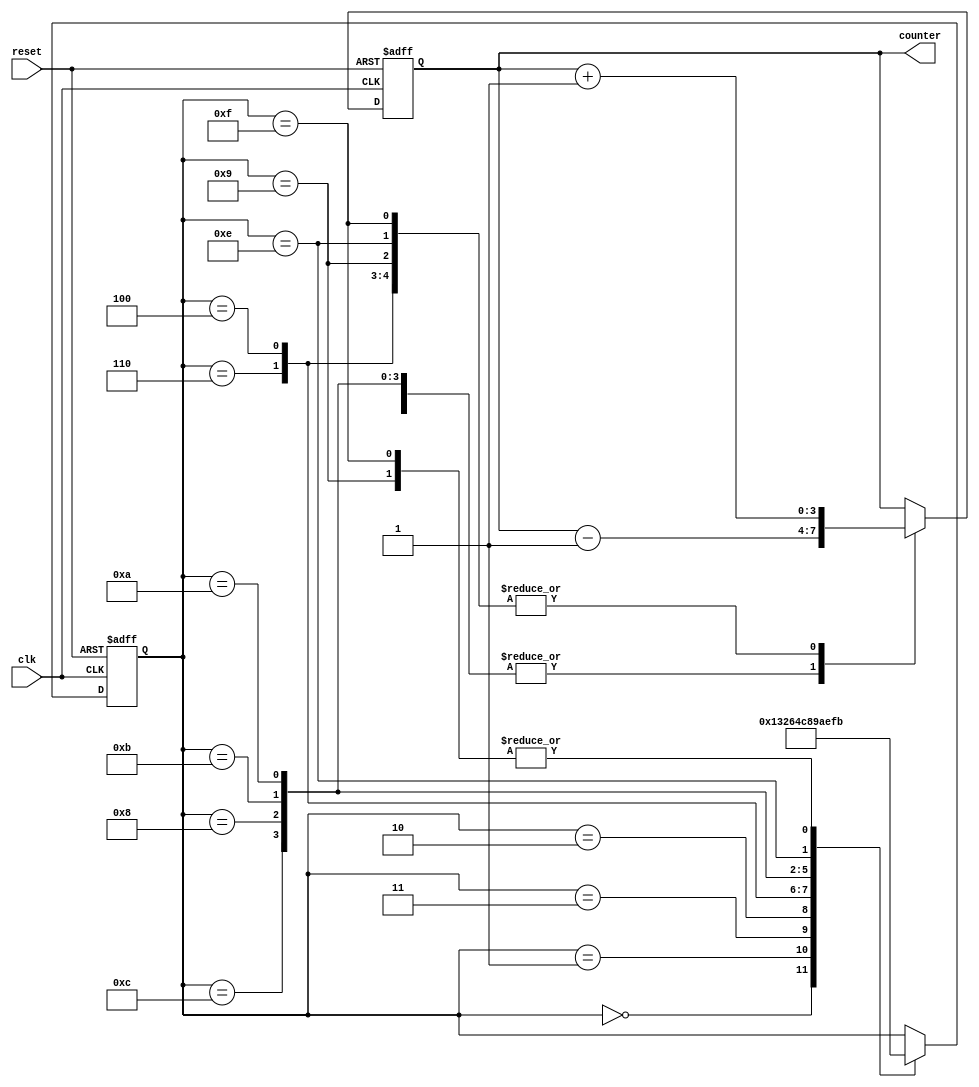
module Gray_counter_clock_divider (
    input wire clk,
    input wire reset,
    output reg [N-1:0] counter
);

parameter N = 4;
// Defining Gray code sequence
reg [N-1:0] gray_code;
initial
    gray_code = 4'b0000;

always @(posedge clk or posedge reset)
begin
    if (reset)
        gray_code <= 4'b0000;
    else
        case (gray_code)
            4'b0000: gray_code <= 4'b0001;
            4'b0001: gray_code <= 4'b0011;
            4'b0011: gray_code <= 4'b0010;
            4'b0010: gray_code <= 4'b0110;
            4'b0110: gray_code <= 4'b0100;
            4'b0100: gray_code <= 4'b1100;
            4'b1100: gray_code <= 4'b1000;
            4'b1000: gray_code <= 4'b1001;
            4'b1001: gray_code <= 4'b1011;
            4'b1011: gray_code <= 4'b1010;
            4'b1010: gray_code <= 4'b1110;
            4'b1110: gray_code <= 4'b1111;
            4'b1111: gray_code <= 4'b1011;
        endcase
end

always @(posedge clk or posedge reset)
begin
    if (reset)
        counter <= 4'b0000;
    else
        // Increment or decrement the counter based on Gray code sequence
        case (gray_code)
            4'b0000: counter <= counter + 1;
            4'b0001: counter <= counter + 1;
            4'b0011: counter <= counter - 1;
            4'b0010: counter <= counter - 1;
            4'b0110: counter <= counter + 1;
            4'b0100: counter <= counter + 1;
            4'b1100: counter <= counter - 1;
            4'b1000: counter <= counter - 1;
            4'b1001: counter <= counter + 1;
            4'b1011: counter <= counter - 1;
            4'b1010: counter <= counter - 1;
            4'b1110: counter <= counter + 1;
            4'b1111: counter <= counter + 1;
        endcase
end

endmodule